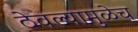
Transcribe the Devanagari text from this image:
ठेवल्यामुळेच